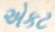
એકટ